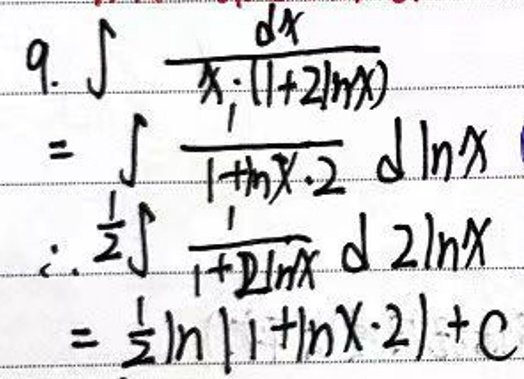
\begin{align*}
9.\int\frac{dx}{x\cdot(1 + 2\ln x)}&=\int\frac{1}{\ln x\cdot2}d\ln x\\
&=\frac{1}{2}\int\frac{1}{1 + 2\ln x}d(2\ln x)\\
&=\frac{1}{2}\ln|1+\ln x\cdot2|+C
\end{align*}